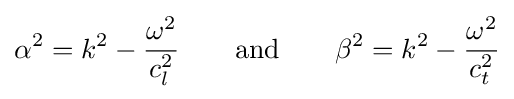
\alpha ^{2}=k^{2}-{\frac {\omega ^{2}}{c_{l}^{2}}}\quad \quad {\text{and}}\quad \quad \beta ^{2}=k^{2}-{\frac {\omega ^{2}}{c_{t}^{2}}}